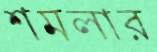
শমলার